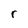
Character: r